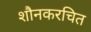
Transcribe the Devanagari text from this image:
शौनकरचित